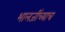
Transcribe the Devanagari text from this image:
भालजींच्याच